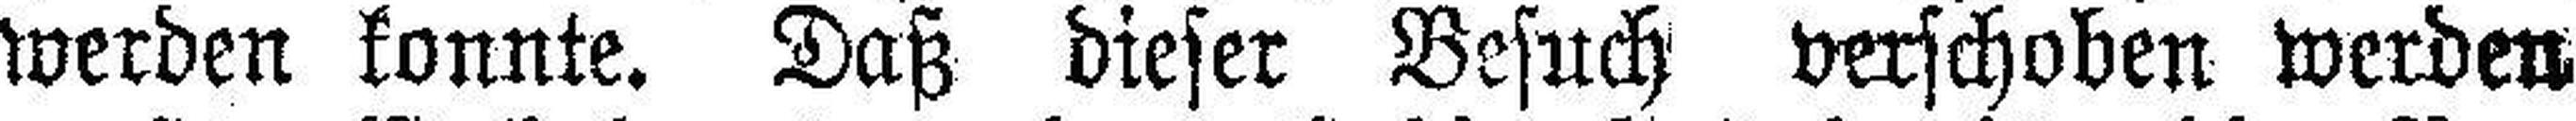
werden konnte. Daß dieser Besuch verschoben werden